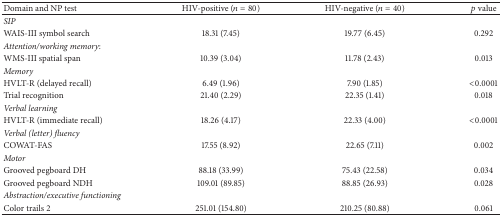
<table><thead><tr><td><b>Domain and NP test</b></td><td><b>HIV-positive (<i>n</i> = 80)</b></td><td><b>HIV-negative (<i>n</i> = 40)</b></td><td><b><i>p</i> value</b></td></tr></thead><tbody><tr><td><i>SIP </i></td><td> </td><td> </td><td> </td></tr><tr><td>WAIS-III symbol search</td><td>18.31 (7.45)</td><td>19.77 (6.45)</td><td>0.292</td></tr><tr><td><i>Attention/working memory</i>:</td><td> </td><td> </td><td> </td></tr><tr><td>WMS-III spatial span</td><td>10.39 (3.04)</td><td>11.78 (2.43)</td><td>0.013</td></tr><tr><td><i>Memory </i></td><td> </td><td> </td><td> </td></tr><tr><td>HVLT-R (delayed recall)</td><td>6.49 (1.96)</td><td>7.90 (1.85)</td><td>&lt;0.0001</td></tr><tr><td>Trial recognition</td><td>21.40 (2.29)</td><td>22.35 (1.41)</td><td>0.018</td></tr><tr><td><i>Verbal learning </i></td><td> </td><td> </td><td> </td></tr><tr><td>HVLT-R (immediate recall)</td><td>18.26 (4.17)</td><td>22.33 (4.00)</td><td>&lt;0.0001</td></tr><tr><td><i>Verbal (letter) fluency </i></td><td> </td><td> </td><td> </td></tr><tr><td>COWAT-FAS</td><td>17.55 (8.92)</td><td>22.65 (7.11)</td><td>0.002</td></tr><tr><td><i>Motor </i></td><td> </td><td> </td><td> </td></tr><tr><td>Grooved pegboard DH</td><td>88.18 (33.99)</td><td>75.43 (22.58)</td><td>0.034</td></tr><tr><td>Grooved pegboard NDH</td><td>109.01 (89.85)</td><td>88.85 (26.93)</td><td>0.028</td></tr><tr><td><i>Abstraction/executive functioning </i></td><td> </td><td> </td><td> </td></tr><tr><td>Color trails 2</td><td>251.01 (154.80)</td><td>210.25 (80.88)</td><td>0.061</td></tr></tbody></table>